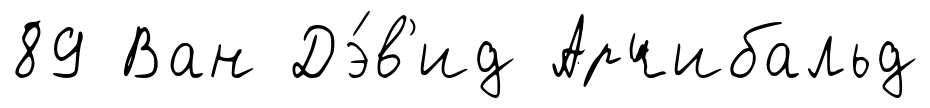
89 Ван Дэ́в'ид Арчибальд